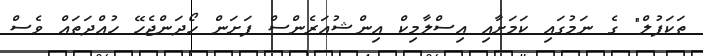
ތަކަފުލް" ގެ ނަމުގައި ކަމަށާއި އިސްލާމިކް އިންޝުއަރެންސް ފަށަން ހޯދަންޖެހޭ ހުއްދަތައް ވެސް